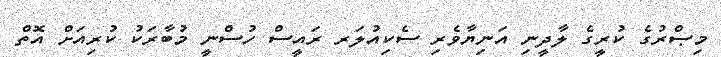
މިޞްރުގެ ކުރީގެ ލާދީނި އަނިޔާވެރި ސެކިއުލަރ ރައީސް ހުސްނީ މުބާރަކު ކުރިއަށް އޮތް